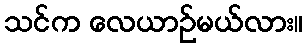
သင်က လေယာဉ်မယ်လား။